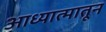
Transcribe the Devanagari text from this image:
आध्यात्मातून